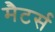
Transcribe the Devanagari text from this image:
मैटर्स